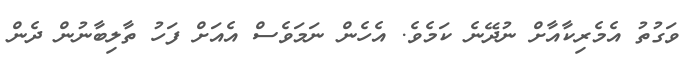
ވަގުތު އެމެރިކާއާށް ނުދޭނެ ކަމެވެ. އެހެން ނަމަވެސް އެއަށް ފަހު ތާލިބާނުން ދެން